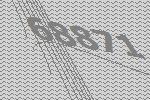
68871